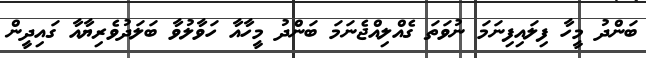
ބަންދު މީހާ ފިލައިފިނަމަ ނުވަތަ ގެއްލިއްޖެނަމަ ބަންދު މީހާއާ ހަވާލުވާ ބަލަދުވެރިޔާއާ ގައިދީން